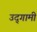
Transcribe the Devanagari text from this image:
उद्‌गामी